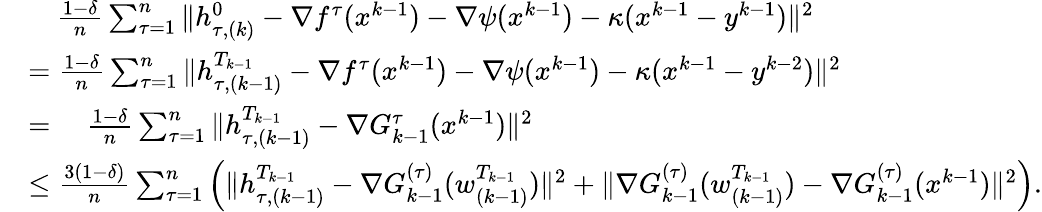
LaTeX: \begin{array}{rl}&{\quad\frac{1-\delta}{n}\sum_{\tau=1}^{n}\| h_{\tau,(k)}^{0}-\nabla f^{\tau}(x^{k-1})-\nabla\psi(x^{k-1})-\kappa(x^{k-1}-y^{k-1})\| ^{2}}\\ &{=\frac{1-\delta}{n}\sum_{\tau=1}^{n}\| h_{\tau,(k-1)}^{T_{k-1}}-\nabla f^{\tau}(x^{k-1})-\nabla\psi(x^{k-1})-\kappa(x^{k-1}-y^{k-2})\| ^{2}}\\ &{=\quad\frac{1-\delta}{n}\sum_{\tau=1}^{n}\| h_{\tau,(k-1)}^{T_{k-1}}-\nabla G_{k-1}^{\tau}(x^{k-1})\| ^{2}}\\ &{\leq\frac{3(1-\delta)}{n}\sum_{\tau=1}^{n}\left(\| h_{\tau,(k-1)}^{T_{k-1}}-\nabla G_{k-1}^{(\tau)}(w_{(k-1)}^{T_{k-1}})\| ^{2}+\| \nabla G_{k-1}^{(\tau)}(w_{(k-1)}^{T_{k-1}})-\nabla G_{k-1}^{(\tau)}(x^{k-1})\| ^{2}\right).}\end{array}